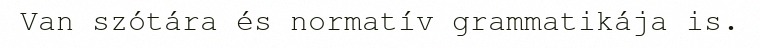
Van szótára és normatív grammatikája is.